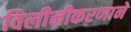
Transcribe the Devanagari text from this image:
विलीनीकरणाने